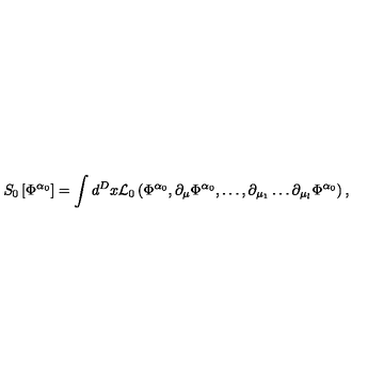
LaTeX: S _ { 0 } \left[ \Phi ^ { \alpha _ { 0 } } \right] = \int d ^ { D } x { \cal L } _ { 0 } \left( \Phi ^ { \alpha _ { 0 } } , \partial _ { \mu } \Phi ^ { \alpha _ { 0 } } , \ldots , \partial _ { \mu _ { 1 } } \ldots \partial _ { \mu _ { l } } \Phi ^ { \alpha _ { 0 } } \right) ,